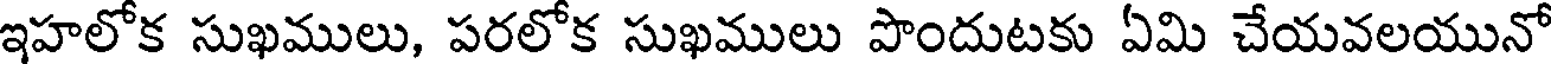
ఇహలోక సుఖములు, పరలోక సుఖములు పొందుటకు ఏమి చేయవలయునో